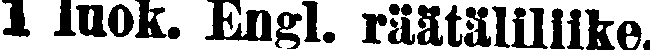
1 Iuok. Engl. räätäliliike.